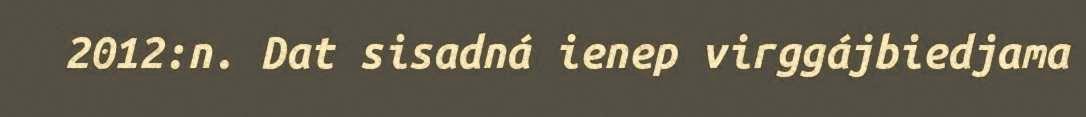
2012:n. Dat sisadná ienep virggájbiedjama